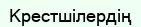
Крестшілердің